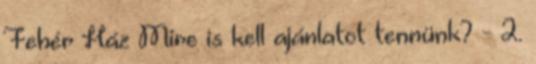
Fehér Ház Mire is kell ajánlatot tennünk? - 2.